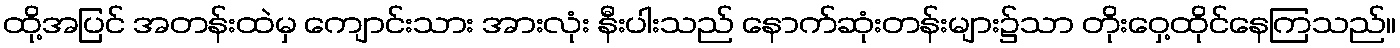
ထို့အပြင် အတန်းထဲမှ ကျောင်းသား အားလုံး နီးပါးသည် နောက်ဆုံးတန်းများ၌သာ တိုးဝှေ့ထိုင်နေကြသည်။